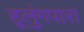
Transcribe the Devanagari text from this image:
हूलुंगपारा